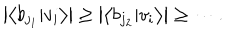
LaTeX: \left| \left\langle b _ { j _ { 1 } } | v _ { i } \right\rangle \right| \geq \left| \left\langle b _ { j _ { 2 } } | v _ { i } \right\rangle \right| \geq \cdots .